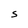
Character: S